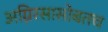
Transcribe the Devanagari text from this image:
अग्निरसासोबतच